Indian journal of veterinary science and animal husbandry - Volume 8,
Year: 1938
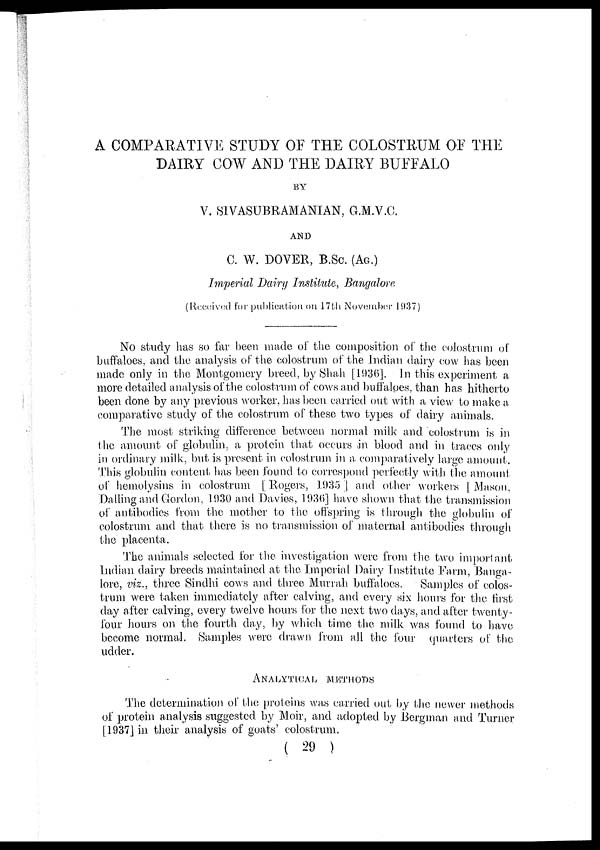
A COMPARATIVE STUDY OF THE COLOSTRUM OF THE
DAIRY COW AND THE DAIRY BUFFALO
BY
V. SIVASUBRAMANIAN, G.M.V.C.
AND
C. W. DOVER, B.Sc. (AG.)
Imperial Dairy Institute, Bangalore
(Received for publication on 17th November 1937)
No study has so far been made of the composition of the colostrum of
buffaloes, and the analysis of the colostrum of the Indian dairy cow has been
made only in the Montgomery breed, by Shah [1936]. In this experiment a
more detailed analysis of the colostrum of cows and buffaloes, than has hitherto
been done by any previous worker, has been carried out with a view to make a
comparative study of the colostrum of these two types of dairy animals.
The most striking difference between normal milk and colostrum is in
the amount of globulin, a protein that occurs in blood and in traces only
in ordinary milk, but is present in colostrum in a comparatively large amount.
This globulin content has been found to correspond perfectly with the amount
of hemolysins in colostrum [Rogers, 1935] and other workers [Mason,
Dalling and Gordon, 1930 and Davies, 1936] have shown that the transmission
of antibodies from the mother to the offspring is through the globulin of
colostrum and that there is no transmission of maternal antibodies through
the placenta.
The animals selected for the investigation were from the two important
Indian dairy breeds maintained at the Imperial Dairy Institute Farm, Banga-
lore, viz., three Sindhi cows and three Murrah buffaloes.
Samples of colos-
trum were taken immediately after calving, and every six hours for the first
day after calving, every twelve hours for the next two days, and after twenty-
four hours on the fourth day, by which time the milk was found to have
become normal. Samples were drawn from all the four quarters of the
udder.
ANALYTICAL METHODS
The determination of the proteins was carried out by the newer methods
of protein analysis suggested by Moir, and adopted by Bergman and Turner
[1937] in their analysis of goats' colostrum.
( 29 )